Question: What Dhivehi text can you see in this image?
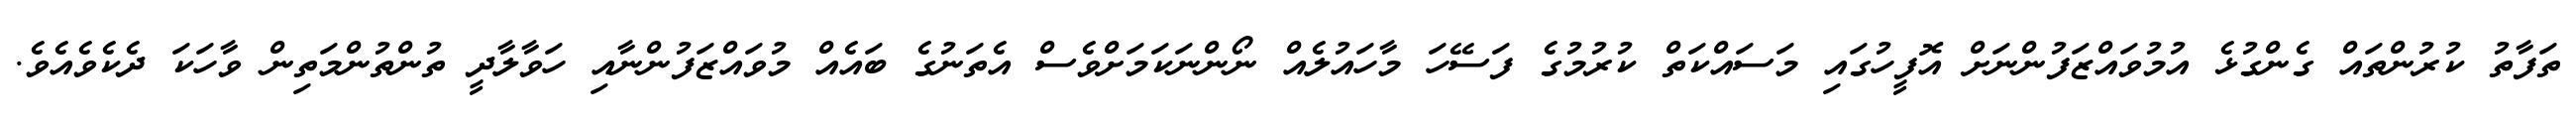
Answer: ތަފާތު ކުރުންތައް ގެންގުޅެ އުމުވައްޒަފުންނަށް އޮފީހުގައި މަސައްކަތް ކުރުމުގެ ފަސޭހަ މާހައުލެއް ނޯންނަކަމަށްވެސް އެތަނުގެ ބައެއް މުވައްޒަފުންނާއި ހަވާލާދީ ތުންތުންމަތިން ވާހަކަ ދެކެވެއެވެ.